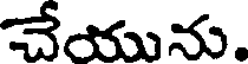
చేయును.